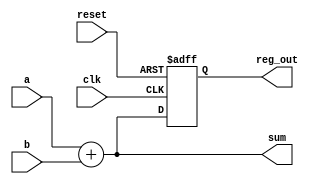
module combinational_sequential_example (
    input wire clk,           // Clock input
    input wire reset,         // Reset input
    input wire [3:0] a,      // 4-bit input
    input wire [3:0] b,      // 4-bit input
    output reg [3:0] sum,     // 4-bit output for sum
    output reg [3:0] reg_out  // 4-bit output for register
);

// Combinational Logic using always @*
always @* begin
    sum = a + b; // Sum of inputs a and b
end

// Sequential Logic using always @(posedge clk)
always @(posedge clk or posedge reset) begin
    if (reset) begin
        reg_out <= 4'b0000; // Reset output to 0
    end else begin
        reg_out <= sum; // Store the sum in the register on clock edge
    end
end

endmodule